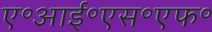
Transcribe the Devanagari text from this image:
ए॰आई॰एस॰एफ॰